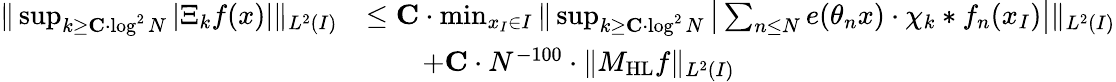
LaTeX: \begin{array}{rl}{\| \operatorname*{sup}_{k\geq\mathbf{C}\cdot\log^{2}N}|\Xi_{k}f(x)|\| _{L^{2}(I)}}&{\leq\mathbf{C}\cdot\operatorname*{min}_{x_{I}\in I}\| \operatorname*{sup}_{k\geq\mathbf{C}\cdot\log^{2}N}\big|\sum_{n\leq N}e(\theta_{n}x)\cdot\chi_{k}*f_{n}(x_{I})\big|\| _{L^{2}(I)}}\\ &{\qquad+\mathbf{C}\cdot N^{-100}\cdot\| M_{\mathrm{HL}}f\| _{L^{2}(I)}}\end{array}